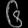
Digit: ၆